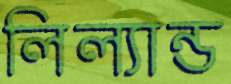
লিল্যান্ড